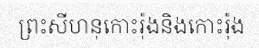
ព្រះសីហនុកោះរ៉ុងនិងកោះរ៉ុង